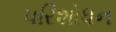
પરિશોધન